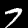
Label: 7